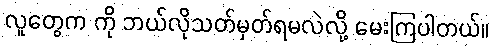
လူတွေက ကို ဘယ်လိုသတ်မှတ်ရမလဲလို့ မေးကြပါတယ်။